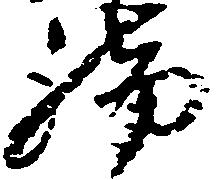
脚